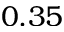
0 . 3 5